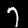
Digit: 7